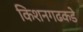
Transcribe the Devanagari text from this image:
किशनगढकडे